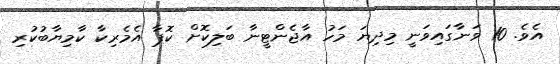
އެވެ. 10 ވަނާގައިވަނީ މިދިޔަ މަހު އާޖެންޓީނާ ބަލިކޮށް ކޮޕާ އެމެރިކާ ކާމިޔާބުކުރި